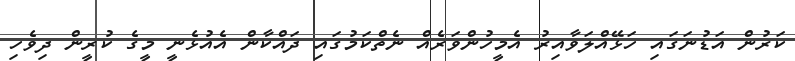
ކަރުން އަޑުނަގައި ހަޅޭއްލަވާއިރު އެމީހުންވަރެއް ނެތްކަމުގައި ދައްކާން އެއުޅެނީ މީގެ ކުރީން ދިވެހި